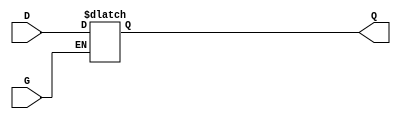
module gated_latch (
    input wire D,  // Data input
    input wire G,  // Gate (enable) signal
    output reg Q   // Output signal
);

// Always block that is sensitive to the gate signal
always @(*) begin
    if (G) begin
        // When G is high, Q follows D
        Q = D;
    end
    // When G is low, Q retains its last value (latch behavior)
end

endmodule